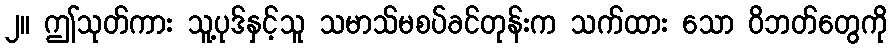
၂။ ဤသုတ်ကား သူ့ပုဒ်နှင့်သူ သမာသ်မစပ်ခင်တုန်းက သက်ထား သော ဝိဘတ်တွေကို